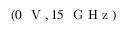
( 0 ~ \mathrm { ~ V ~ } , 1 5 ~ \mathrm { ~ G ~ H ~ z ~ } )